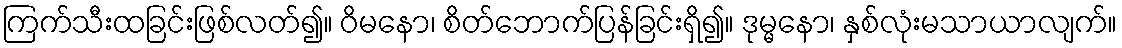
ကြက်သီးထခြင်းဖြစ်လတ်၍။ ဝိမနော၊ စိတ်ဘောက်ပြန်ခြင်းရှိ၍။ ဒုမ္မနော၊ နှစ်လုံးမသာယာလျက်။